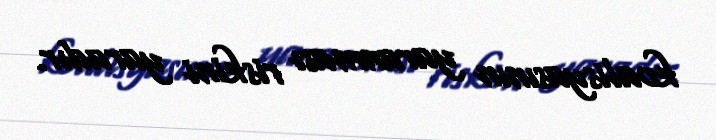
koalisyasının yaranması riskini yaradır.